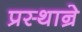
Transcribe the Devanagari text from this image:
प्रस्थान्रे